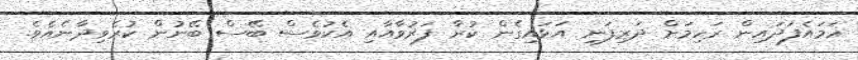
ހަމައެފަދައިން ރަހިމަށް ދަރިފަނި އަޅައިގެން ކުރާ ފަރުވާއާއި އެކުވެސް ބޭސް ބޭނުން ކުރެވިދާނެއެވެ.